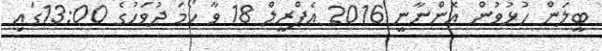
ބީލަން ހުޅުވުން އޮންނާނީ 2016 އެޕްރީލް 18 ވާ ހޯމަ ދުވަހުގެ 13:00ގައި